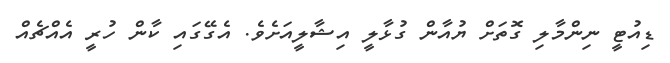
ޑިއުޓީ ނިންމާލި ގޮތަށް ޔުއާން ގުޅާލީ އިޝާލީއަށެވެ. އެގޭގައި ކާން ހުރީ އެއްޗެއް